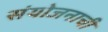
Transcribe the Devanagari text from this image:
संयोजनाची